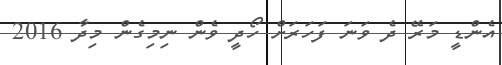
އެންޑީ މަރޭ ދެ ވަނަ ފަހަރަށް ހޯދީ ވެން ނިމިގެން މިދާ 2016